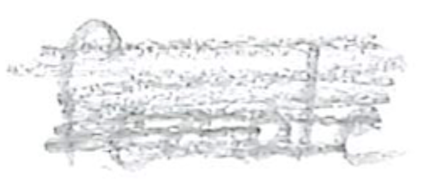
Text: female
Cross-out: scratch
Writing tool: pencil